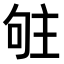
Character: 𠴦